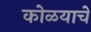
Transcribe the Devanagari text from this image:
कोळयाचे